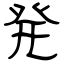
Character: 発